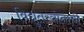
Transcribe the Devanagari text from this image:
विद्युतस्त्रोताची